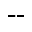
--